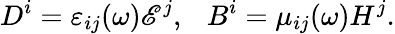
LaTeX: D^{i}=\varepsilon_{ij}(\omega)\mathscr{E}^{j},\ \ \ B^{i}=\mu_{ij}(\omega)H^{j}.